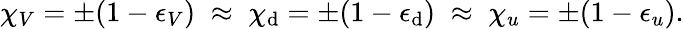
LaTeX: \chi_{V}=\pm(1-\epsilon_{V})\; \approx\; \chi_{\mathrm{d}}=\pm(1-\epsilon_{\mathrm{d}})\; \approx\; \chi_{u}=\pm(1-\epsilon_{u}).